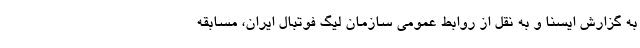
به گزارش ایسنا و به نقل از روابط عمومی سازمان لیگ فوتبال ایران، مسابقه